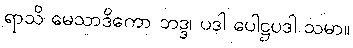
ရာသိ မေသာဒိကော ဘဒ္ဒ၊ ပဒါ ပေါဋ္ဌပဒါ သမာ။